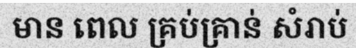
មាន ពេល គ្រប់គ្រាន់ សំរាប់